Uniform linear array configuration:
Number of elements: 48
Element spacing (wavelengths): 0.25
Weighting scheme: kaiser
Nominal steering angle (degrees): -45
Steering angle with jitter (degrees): -46.816
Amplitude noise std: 0.05
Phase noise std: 0.05

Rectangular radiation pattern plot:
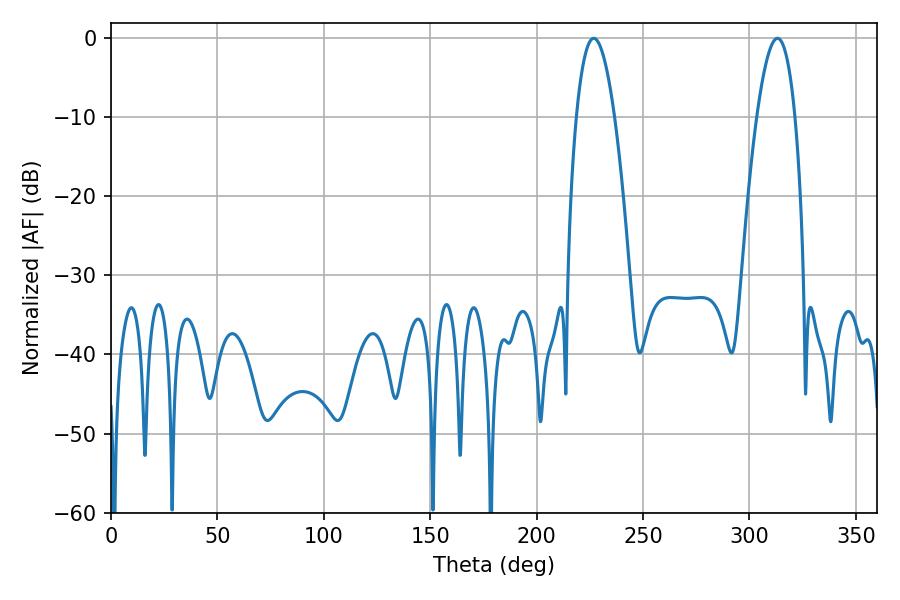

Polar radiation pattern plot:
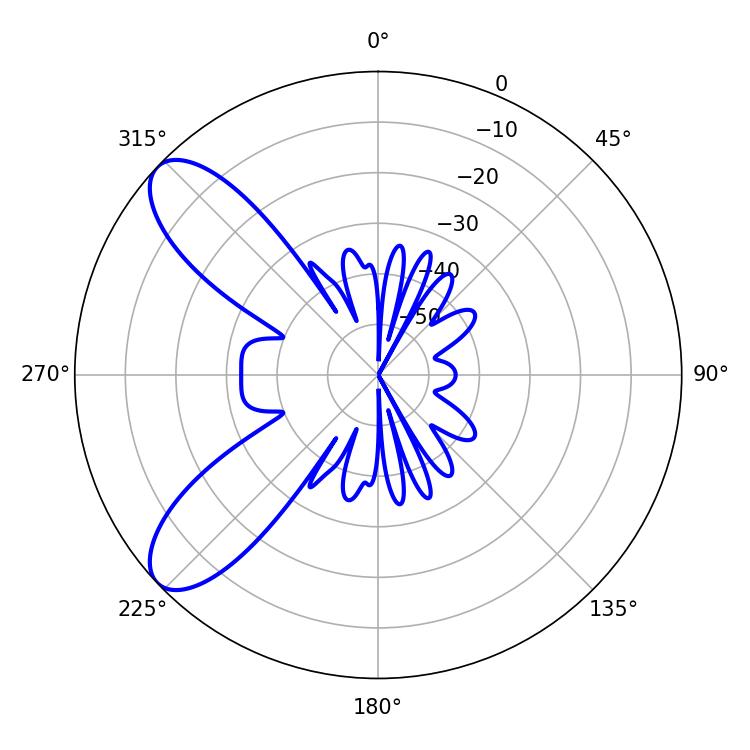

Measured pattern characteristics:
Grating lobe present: FALSE
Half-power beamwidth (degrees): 9.9
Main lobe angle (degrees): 226.8